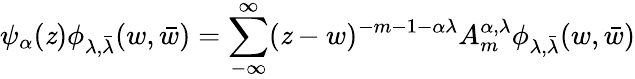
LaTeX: \psi_{\alpha}(\mathit{z})\phi_{\lambda,\bar{{\lambda}}}(w,\bar{{w}})=\sum_{-\infty}^{\infty}(\mathit{z}-w)^{-m-1-\alpha\lambda}A_{m}^{\alpha,\lambda}\phi_{\lambda,\bar{{\lambda}}}(w,\bar{{w}})